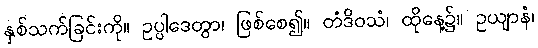
နှစ်သက်ခြင်းကို။ ဥပ္ပါဒေတွာ၊ ဖြစ်စေ၍။ တံဒိဝသံ၊ ထိုနေ့၌။ ဥယျာနံ၊